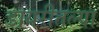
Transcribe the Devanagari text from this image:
डायरीतल्या